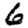
Digit: 6